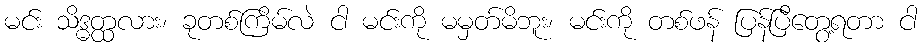
မင်း သိဒ္ဓတ္ထလား၊ ခုတစ်ကြိမ်လဲ ငါ မင်းကို မမှတ်မိဘူး၊ မင်းကို တစ်ဖန် ပြန်ပြီတွေ့ရတာ ငါ